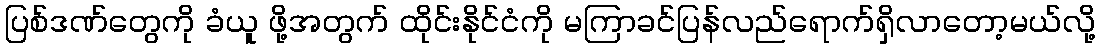
ပြစ်ဒဏ်တွေကို ခံယူ ဖို့အတွက် ထိုင်းနိုင်ငံကို မကြာခင်ပြန်လည်ရောက်ရှိလာတော့မယ်လို့